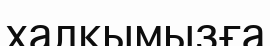
халқымызға